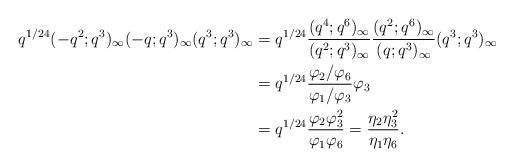
LaTeX: \begin{align*} q^{1/24}(-q^2;q^3)_\infty(-q;q^3)_\infty(q^3;q^3)_\infty &= q^{1/24}\frac{(q^4;q^6)_\infty}{(q^2;q^3)_\infty}\frac{(q^2;q^6)_\infty}{(q;q^3)_\infty}(q^3;q^3)_\infty\\ &= q^{1/24}\frac{\varphi_2/\varphi_6}{\varphi_1/\varphi_3}\varphi_3\\ &= q^{1/24}\frac{\varphi_2\varphi_3^2}{\varphi_1\varphi_6} = \frac{\eta_2\eta_3^2}{\eta_1\eta_6}.\end{align*}